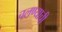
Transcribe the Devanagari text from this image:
चलण्याची